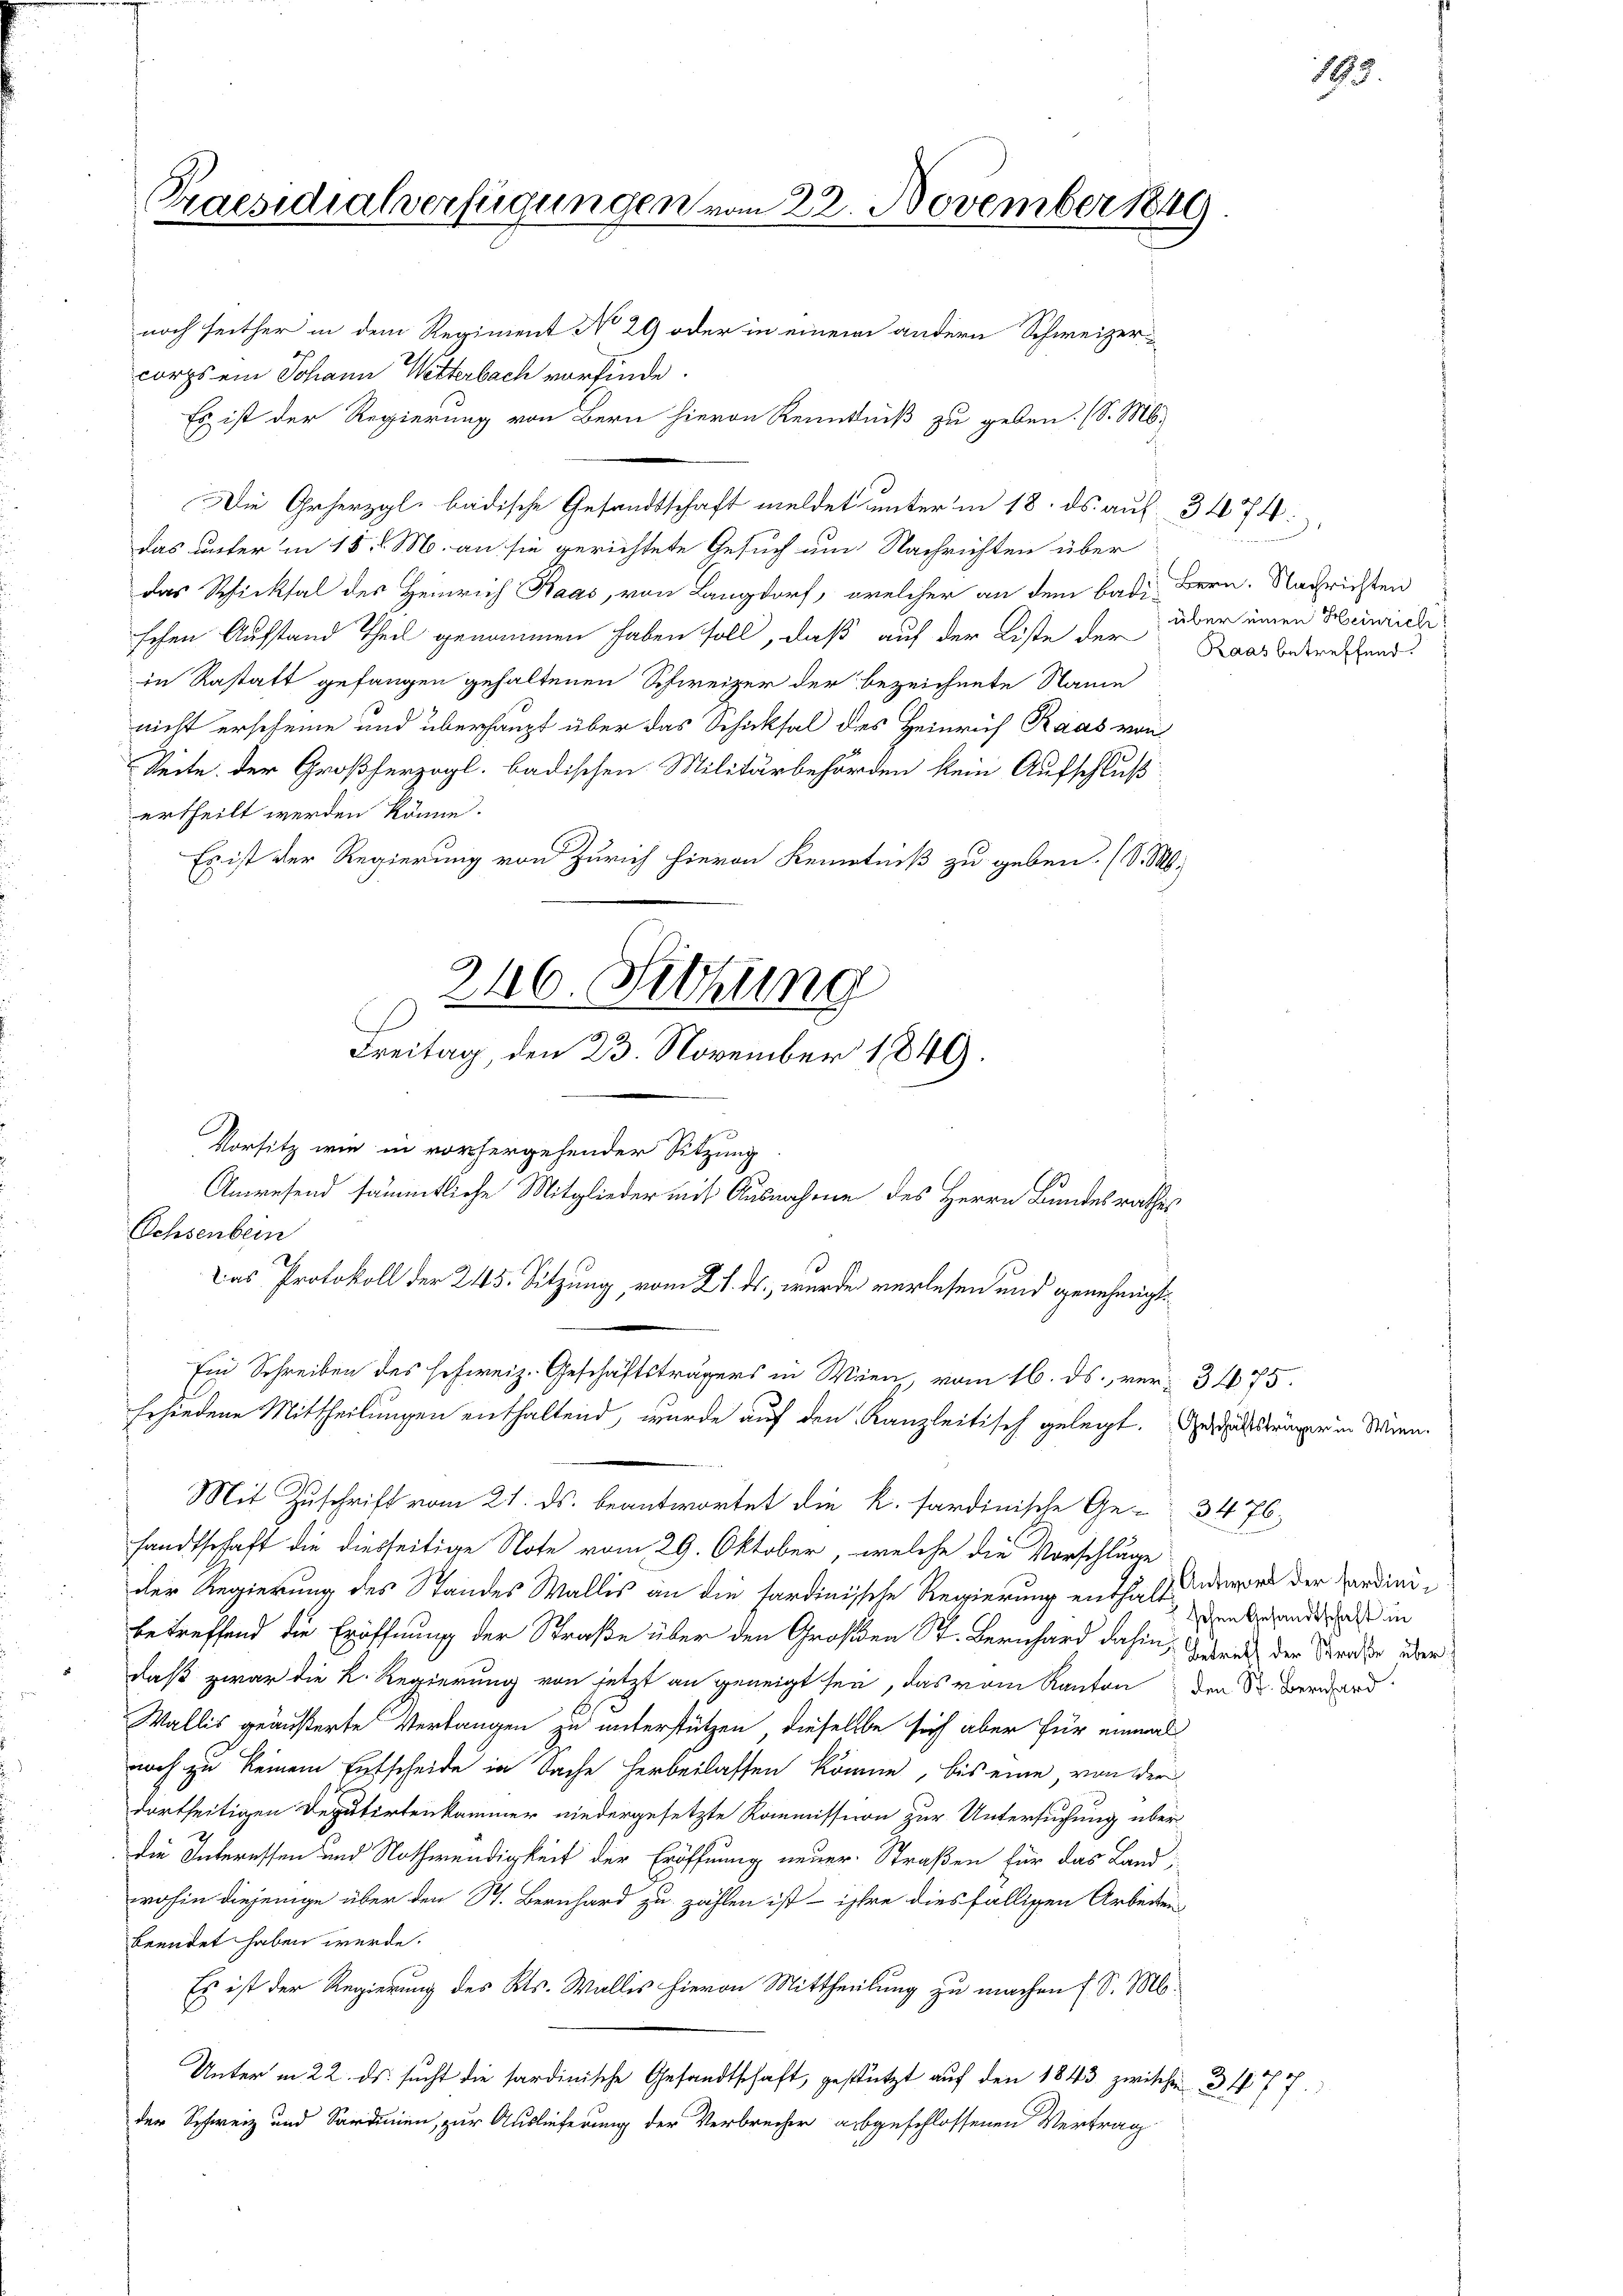
Praesidialverfügungen vom 22. November 1849

Ein Schreiben des schweiz. Geschäftsträgers in Wien, vom 16. ds. ver- 3475.
Erhindene Mittheilungen enthaltend, wurde auf den Kanzleitisch gelegt. Gesattsträger in Wien¬

noch seither in dem Regiment No 29 oder in einem andern Schweizercorps ein Johann Wetterbach vorfinde.
Es ist der Regierung von Bern hievon Kenntniß zu geben. (S. M.
Die Geherzgl. badische Gesandtschaft meldet unter in 18. ds. auf 3474:
das unter in 15. d. M. an sie gerichtete Gesuch um Nachrichten über
das Schicksal des Heinrich Baas, von Langdorf, welcher an dem badi Bern. Nachrichten
schen Ausstand Theil genommen haben soll, daß auf der Liste der
in Restatt gefangen gehaltenen Schweizer der bezeichnete Name
nicht erscheine und überhaupt über das Schicksal des Heinrich Raas von
Seite der Großherzogl. badischen Militärbehörden kein Aufschluß
ertheilt werden könne.
Es ist der Regierung von Zürich hievon Kenntniß zu geben. (S. S.
240. Sitzung
E
Freitag, den 23. November 1849.
Vorsitz wie in vorhergehender Sitzung
Anwesend sämmtliche Mitglieder mit Ausnahme des Herrn Bundesrathes
Ochsenbein
Das Protokoll der 245. Sitzung, vom 21. ds., wurde verlesen und genehmigt

Mit Zuschrift vom 21. ds. beantwortet die k. sardinische Ge- 34 76
sandtschaft die diesseitige Note vom 29. Oktober, welche die Vorschläge
der Regierung des Standes Wallis an die sardinische Regierung enthafft ders der Pardinibetreffend die Eröffnung der Straße über den Großen St. Bernhard dahin, Gebrach der Strafe über
daß zwar die K. Regierung von jetzt an geneigt sei, das vom Kanton den Sr. Derard
Wallis geäußerte Verlangen zu unterstützen, dieselbe sich aber für einmal
noch zu keinem Entscheide in Sache herbeilassen könne, bis eine, von der
dortseitigen Deputirtenkammer niedergesetzte Kommission zur Untersuchung überdie Interessen und Nothwendigkeit der Eröffnung neuer. Straßen für das Land
wohin diejenige über den St. Bernhard zu zählen ist - ihre diesfälligen Arbeiten
beendet haben werde.
Es ist der Regierung des Kts. Wallis hievon Mittheilung zu machen (S. M.
Unter in 22. ds. sucht die tardinische Gesandtschaft, gestützt auf den 1843 zwischen 3. 477.
der Schweiz und Sardinien, zur Auslieferung der Verbrecher abgeschlossenen Vertrag

über einen Heinrich
Raas betreffend.

schen Ansandtschaft in

147.